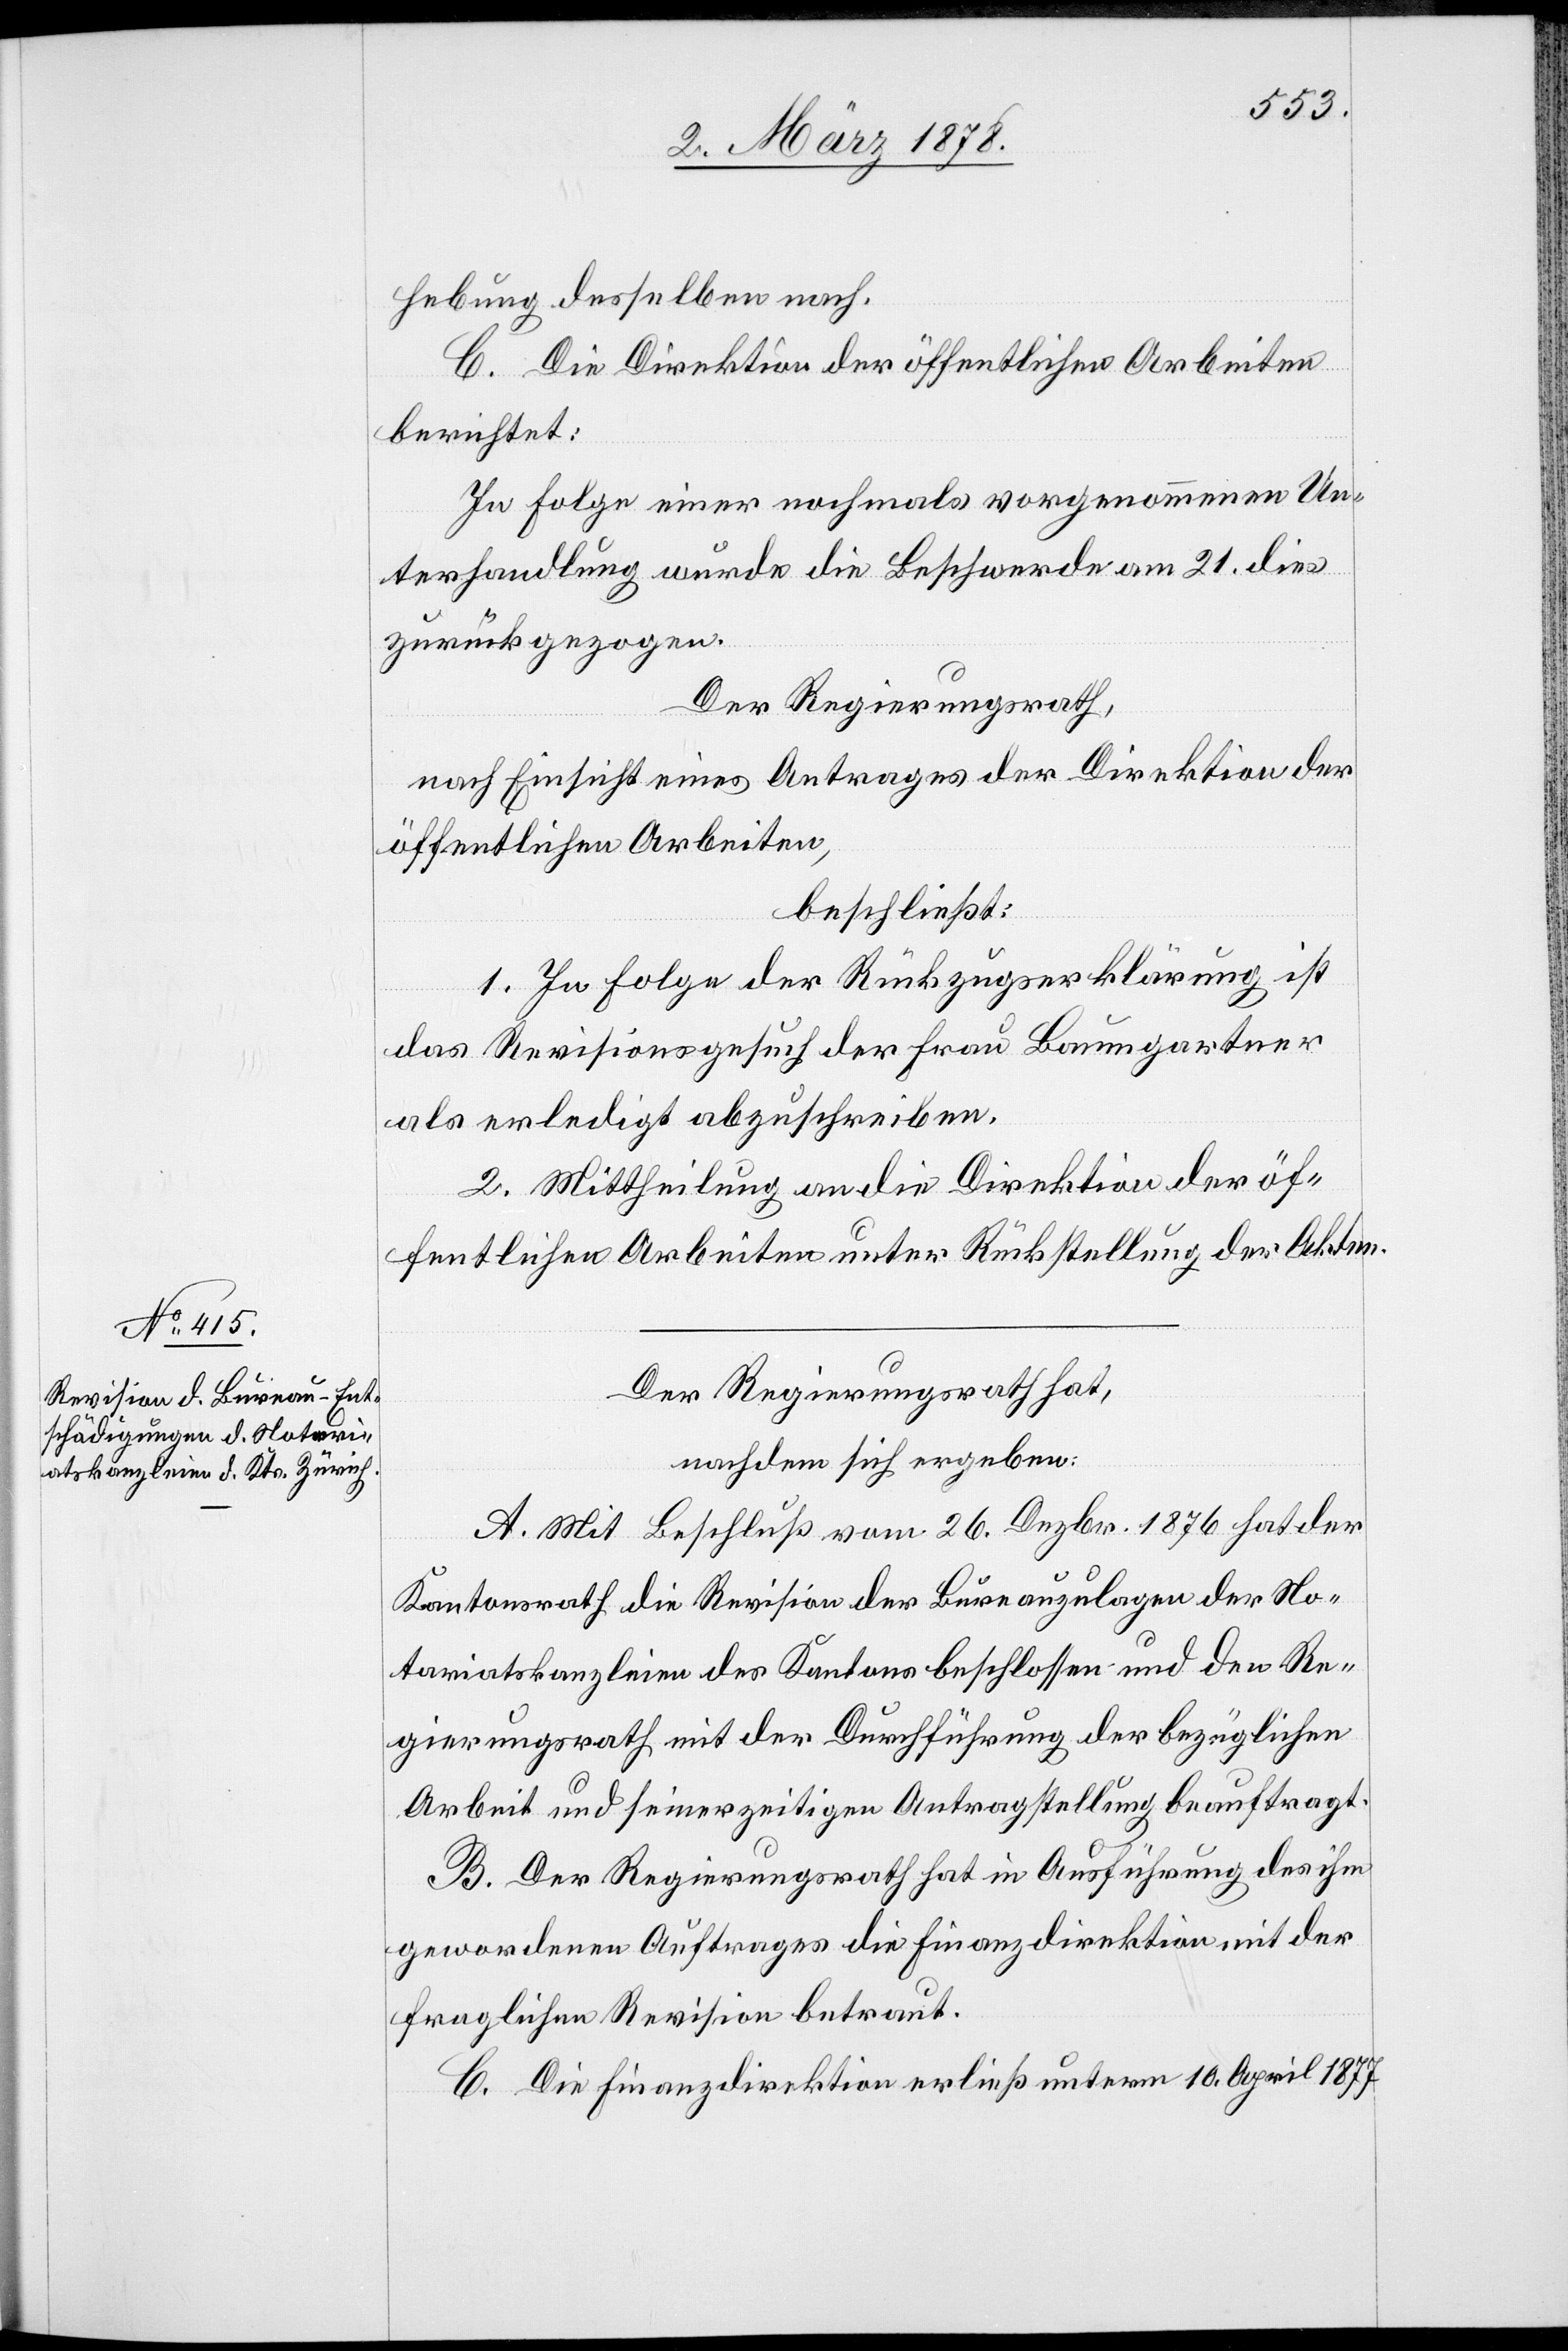
hebung desselben nach.
C. Die Direktion der öffentlichen Arbeiten
berichtet:
In Folge einer nochmals vorgenommenen Un¬
terhandlung wurde die Beschwerde am 21. dies
zurückgezogen.
Der Regierungsrath,
nach Einsicht eines Antrages der Direktion der
öffentlichen Arbeiten,
beschließt:
1. In Folge der Rückzugserklärung ist
das Revisionsgesuch der Frau Baumgartner
als erledigt abzuschreiben.
2. Mittheilung an die Direktion der öf¬
fentlichen Arbeiten unter Rückstellung der Akten.
Der Regierungsrath hat,
nachdem sich ergeben:
A. Mit Beschluß vom 26. Dezbr. 1876 hat der
Kantonsrath die Revision der Bureauzulagen der No¬
tariatskanzleien des Kantons beschlossen und den Re¬
gierungsrath mit der Durchführung der bezüglichen
Arbeit und seinerzeitigen Antragstellung beauftragt.
B. Der Regierungsrath hat in Ausführung des ihm
gewordenen Auftrages die Finanzdirektion mit der
fraglichen Revision betraut.
C. Die Finanzdirektion erließ unterm 10. April 1877